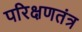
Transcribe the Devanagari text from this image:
परिक्षणतंत्र